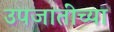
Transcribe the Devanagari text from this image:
उपजातींच्या